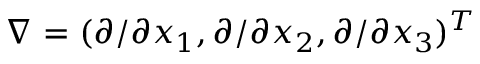
\nabla = ( \partial / \partial x _ { 1 } , \partial / \partial x _ { 2 } , \partial / \partial x _ { 3 } ) ^ { T }